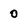
Character: 0